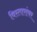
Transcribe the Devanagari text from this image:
विस्तारांवर